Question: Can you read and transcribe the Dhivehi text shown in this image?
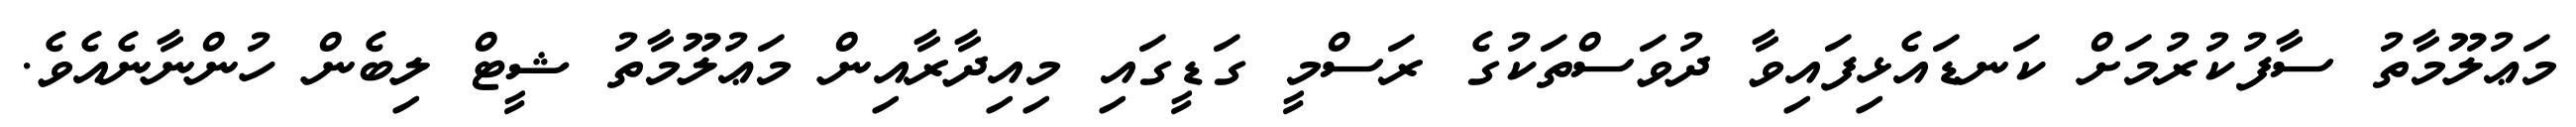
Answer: މަޢުލޫމާތު ސާފުކުރުމަށް ކަނޑައެޅިފައިވާ ދުވަސްތަކުގެ ރަސްމީ ގަޑީގައި މިއިދާރާއިން މަޢުލޫމާތު ޝީޓް ލިބެން ހުންނާނެއެވެ.